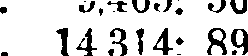
. 14314: 89